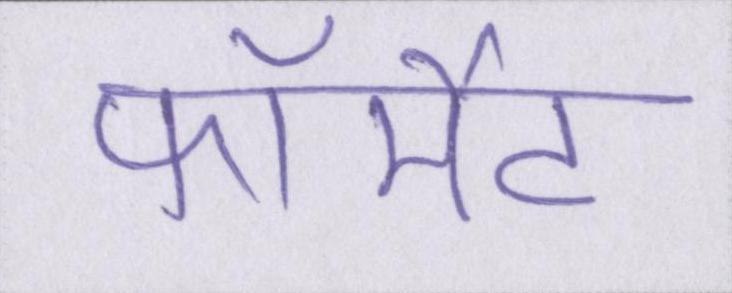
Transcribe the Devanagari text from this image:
फॉर्मेट